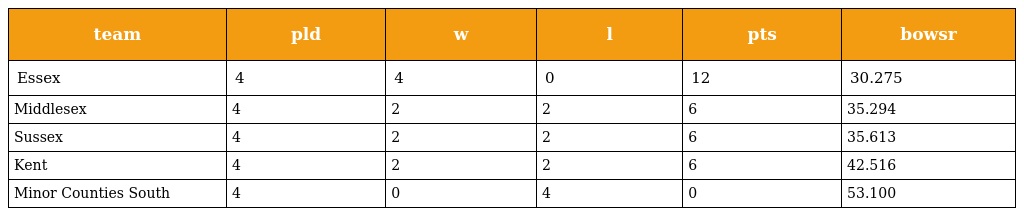
| team | pld | w | l | pts | bowsr |
 | --- | --- | --- | --- | --- | --- |
 | Essex | 4 | 4 | 0 | 12 | 30.275 |
 | Middlesex | 4 | 2 | 2 | 6 | 35.294 |
 | Sussex | 4 | 2 | 2 | 6 | 35.613 |
 | Kent | 4 | 2 | 2 | 6 | 42.516 |
 | Minor Counties South | 4 | 0 | 4 | 0 | 53.100 |